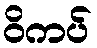
ဝိကပ်